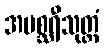
အမစ္ဆရီသုတ္တံ